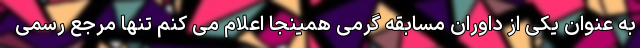
به عنوان یکی از داوران مسابقه گرمی همینجا اعلام می کنم تنها مرجع رسمی